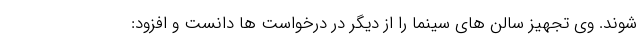
شوند. وی تجهیز سالن های سینما را از دیگر در درخواست ها دانست و افزود: